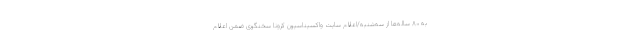
به ۸۰ ساله‌ها از سه‌شنبه/اعلام سایت واکسیناسیون کرونا سخنگوی ضمن اعلام